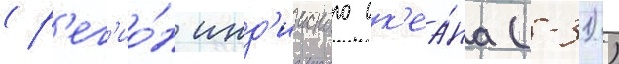
(р'ег'ио́н инд'ииского ок'еа́на (-31))